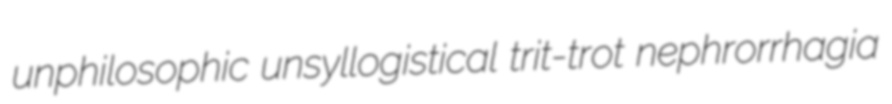
unphilosophic unsyllogistical trit-trot nephrorrhagia